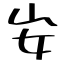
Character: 𡚴